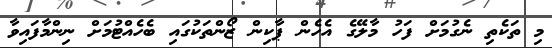
މި ތަކެތި ނެގުމަށް ފަހު މާލޭގެ އެހެން ޕާކިން ޒޯންތަކުގައި ބެހެއްޓުމަށް ނިންމާފައިވާ